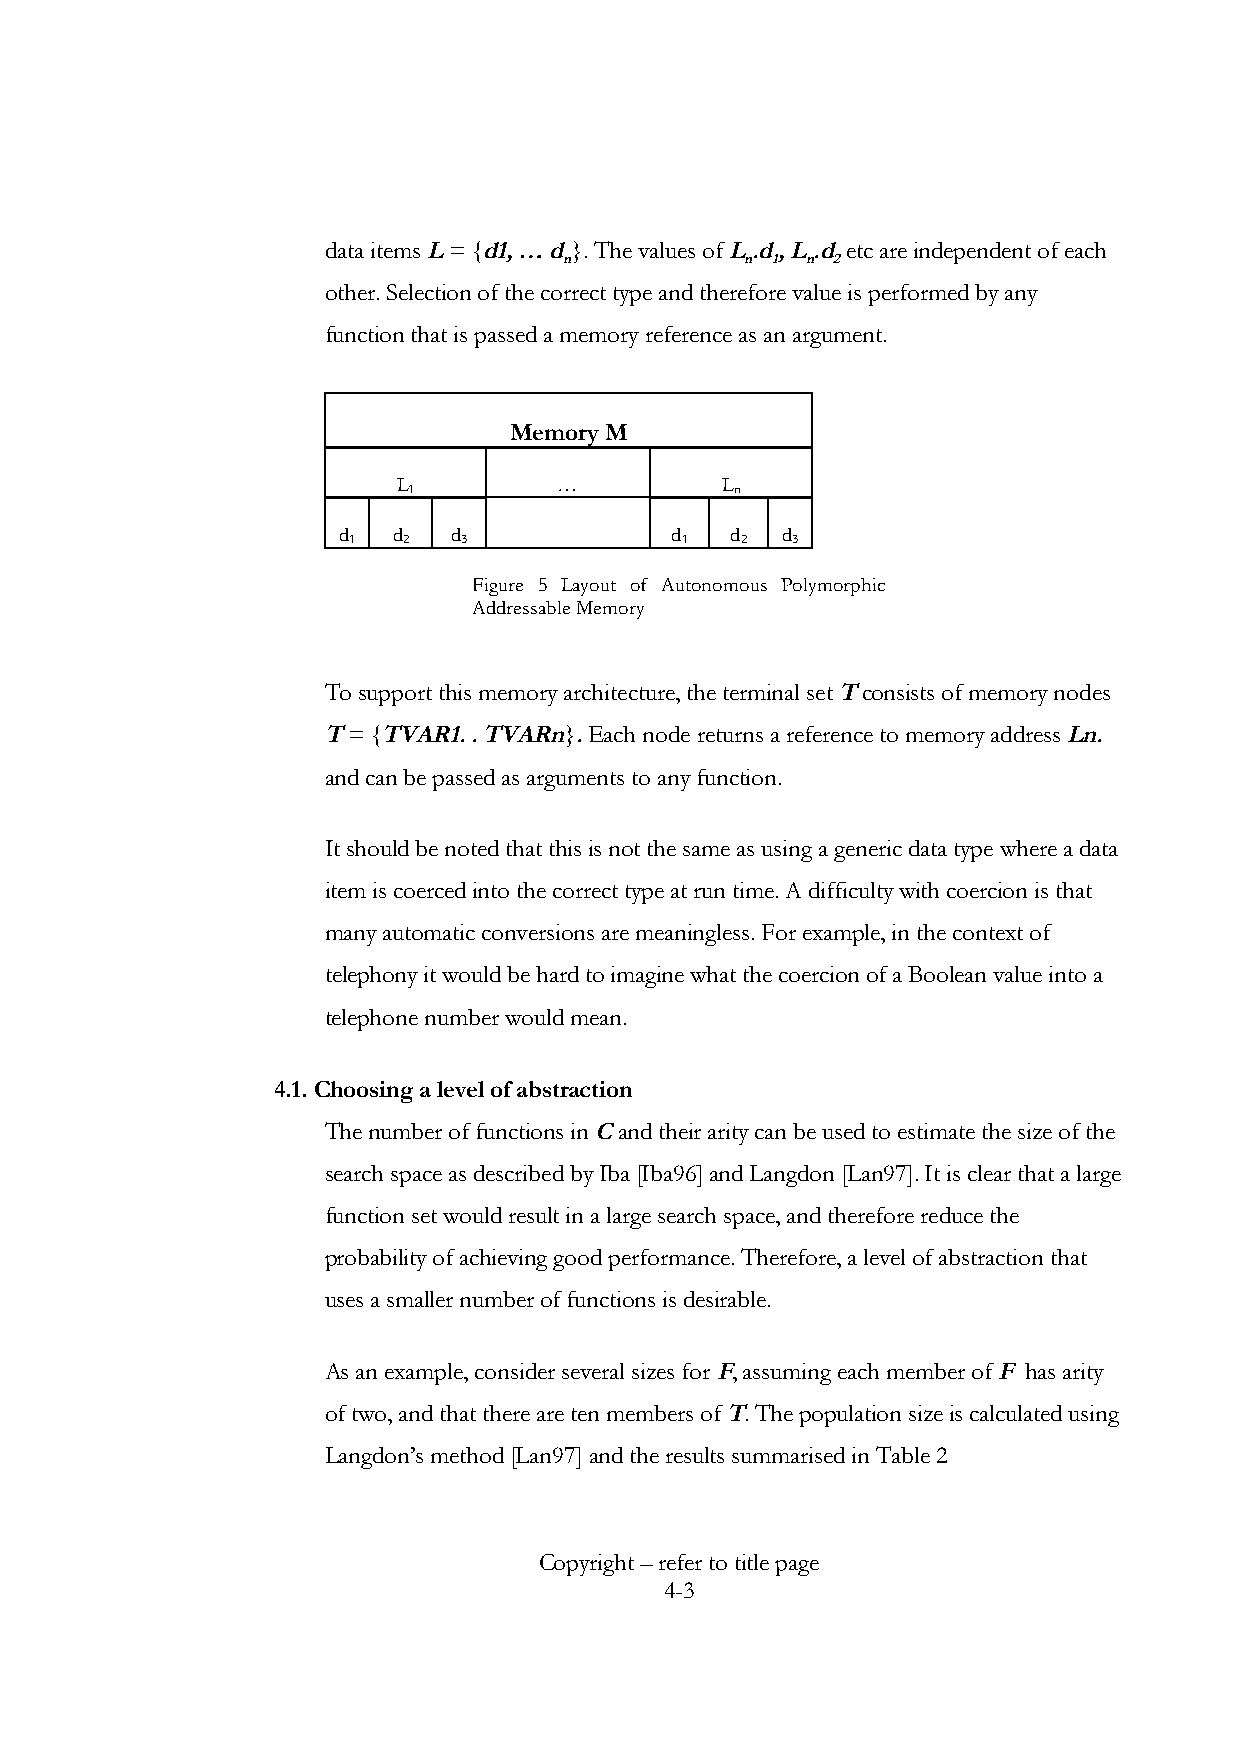
data items L = {d1, … d}. The values of L.d, L.d etc are independent of each
 n           n 1 n 2
 other. Selection of the correct type and therefore value is performed by any
 function that is passed a memory reference as an argument.
 Memory M
 L          …          L
 1                     n
 d   d   d             d   d   d
 1   2   3             1   2  3
 Figure 5 Layout of Autonomous Polymorphic
 Addressable Memory
 To support this memory architecture, the terminal set T consists of memory nodes
 T = {TVAR1. . TVARn}. Each node returns a reference to memory address Ln.
 and can be passed as arguments to any function.
 It should be noted that this is not the same as using a generic data type where a data
 item is coerced into the correct type at run time. A difficulty with coercion is that
 many automatic conversions are meaningless. For example, in the context of
 telephony it would be hard to imagine what the coercion of a Boolean value into a
 telephone number would mean.
 4.1. Choosing a level of abstraction
 The number of functions in C and their arity can be used to estimate the size of the
 search space as described by Iba [Iba96] and Langdon [Lan97]. It is clear that a large
 function set would result in a large search space, and therefore reduce the
 probability of achieving good performance. Therefore, a level of abstraction that
 uses a smaller number of functions is desirable.
 As an example, consider several sizes for F, assuming each member of F has arity
 of two, and that there are ten members of T. The population size is calculated using
 Langdon’s method [Lan97] and the results summarised in Table 2
 Copyright – refer to title page
 4-3